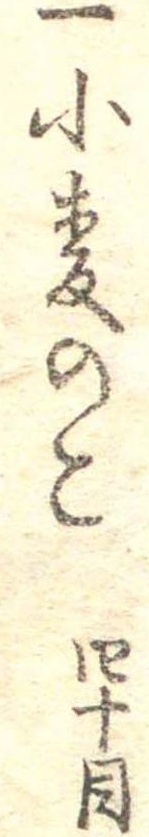
一小麦のこ四十目